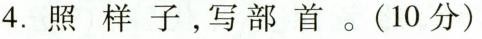
4.照样子，写部首。(10分)